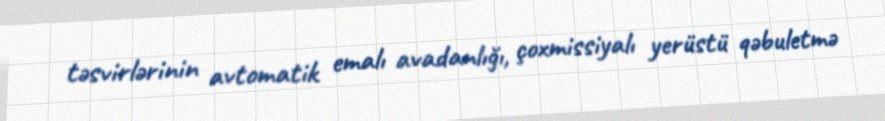
təsvirlərinin avtomatik emalı avadanlığı, çoxmissiyalı yerüstü qəbuletmə